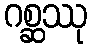
ဂစ္ဆဿု